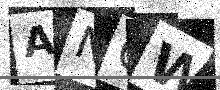
Text: ANCW